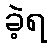
ခဲ့ရ